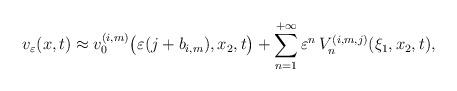
LaTeX: \begin{align*}v_\varepsilon(x,t) \approx v^{(i,m)}_0\bigl(\varepsilon(j+b_{i,m}),x_2,t\bigr)+ \sum_{n=1}^{+\infty}\varepsilon^{n}\, V^{(i,m,j)}_n(\xi_1,x_2,t),\end{align*}